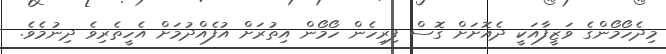
މިދެހޯމޯންގެ ވަޒީފާއަކީ ދެއޮށަށް ގޮސް ފިރިހެން ހޯމޯން އިތުރަށް އުފެއްދުމަށް އެހީތެރިވެ ދިނުމެވެ.